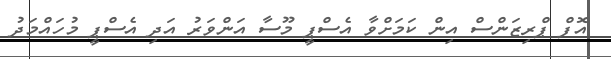
އޮފް ޕްރިޒަންސް އިން ކަމަށްވާ އެސްޕީ މޫސާ އަންވަރު އަދި އެސްޕީ މުހައްމަދު